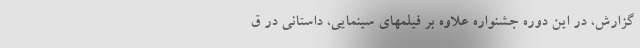
گزارش، در این دوره جشنواره علاوه بر فیلمهای سینمایی، داستانی در ق